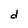
Character: d